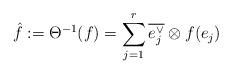
LaTeX: \begin{align*}\hat{f}:=\Theta^{-1}(f)=\sum_{j=1}^r\overline{e_j^\vee}\otimes f(e_j)\end{align*}